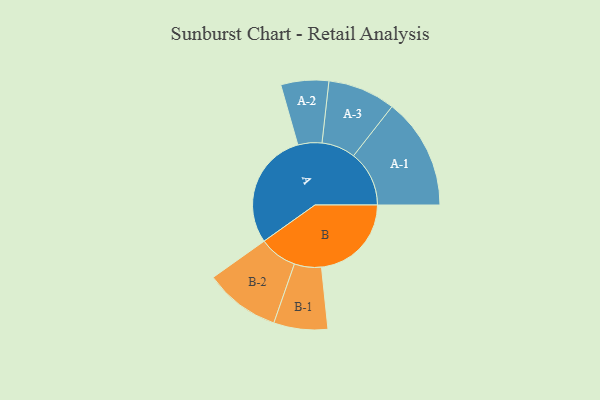
{"axis": {"x": "Segment", "y": "Value"}, "legend": ["", "A", "B"], "data": [{"x": "A", "y": 495, "type": ""}, {"x": "B", "y": 380, "type": ""}, {"x": "A-1", "y": 235, "type": "A"}, {"x": "A-2", "y": 101, "type": "A"}, {"x": "A-3", "y": 143, "type": "A"}, {"x": "B-1", "y": 114, "type": "B"}, {"x": "B-2", "y": 160, "type": "B"}]}